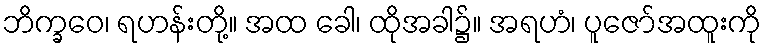
ဘိက္ခဝေ၊ ရဟန်းတို့။ အထ ခေါ၊ ထိုအခါ၌။ အရဟံ၊ ပူဇော်အထူးကို